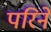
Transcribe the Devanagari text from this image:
परिने